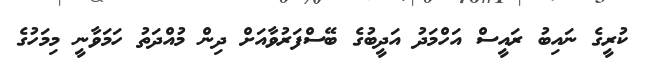
ކުރީގެ ނައިބު ރައީސް އަހްމަދު އަދީބުގެ ބޭސްފަރުވާއަށް ދިން މުއްދަތު ހަމަވާނީ މިމަހުގެ